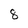
Character: 8